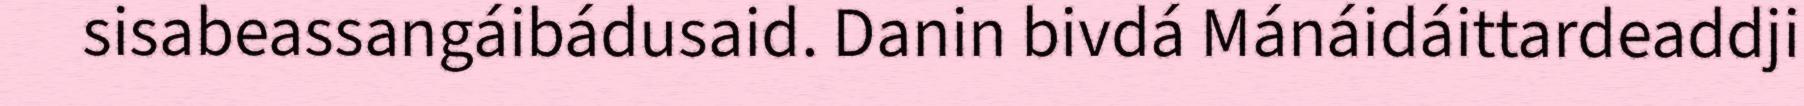
sisabeassangáibádusaid. Danin bivdá Mánáidáittardeaddji